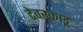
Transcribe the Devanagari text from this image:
देवरकाडू